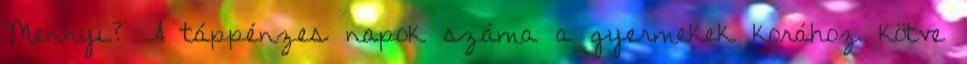
Mennyi? A táppénzes napok száma a gyermekek korához kötve